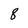
Character: 8